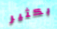
بكثير